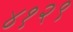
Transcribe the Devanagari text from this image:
४१२९